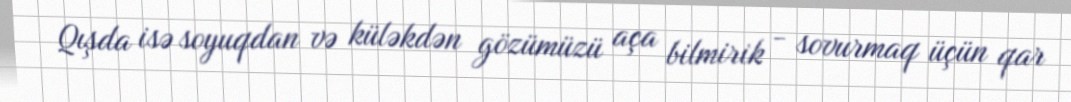
Qışda isə soyuqdan və küləkdən gözümüzü aça bilmirik - sovurmaq üçün qar